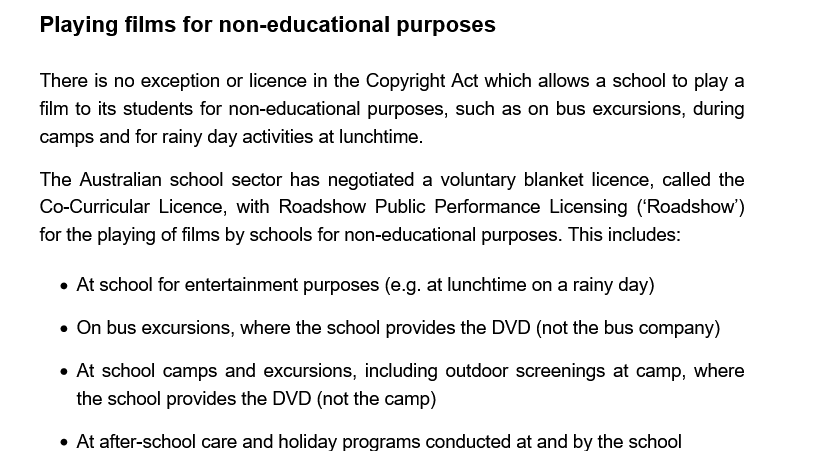
e At school for entertainment purposes (e.g. at lunchtime on a rainy day)
     « On bus excursions, where the school provides the DVD (not the bus company)
     « At school camps and excursions, including outdoor screenings at camp, where
     the school provides the DVD (not the camp)
     At after-school care and holiday programs conducted at and by the school
     Playing films for non-educational   purposes
     The Australian school sector has negotiated a voluntary blanket licence, called the
     Co-Curricular Licence, with Roadshow Public Performance Licensing (‘Roadshow’)
     for the playing of films by schools for non-educational purposes. This includes:
     There is no exception or licence in the Copyright Act which allows a school to play a
     film to its students for non-educational purposes, such as on bus excursions, during
     camps and for rainy day activities at lunchtime.